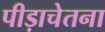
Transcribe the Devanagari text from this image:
पीड़ाचेतना